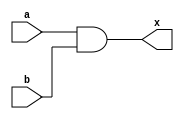
module and_2 (a,b,x);
input a, b;
output x;

assign x = a & b;

endmodule